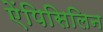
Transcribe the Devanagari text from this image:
ऐंपिसिलिन